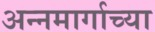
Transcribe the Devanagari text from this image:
अन्नमार्गाच्या